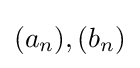
(a_{n}),(b_{n})